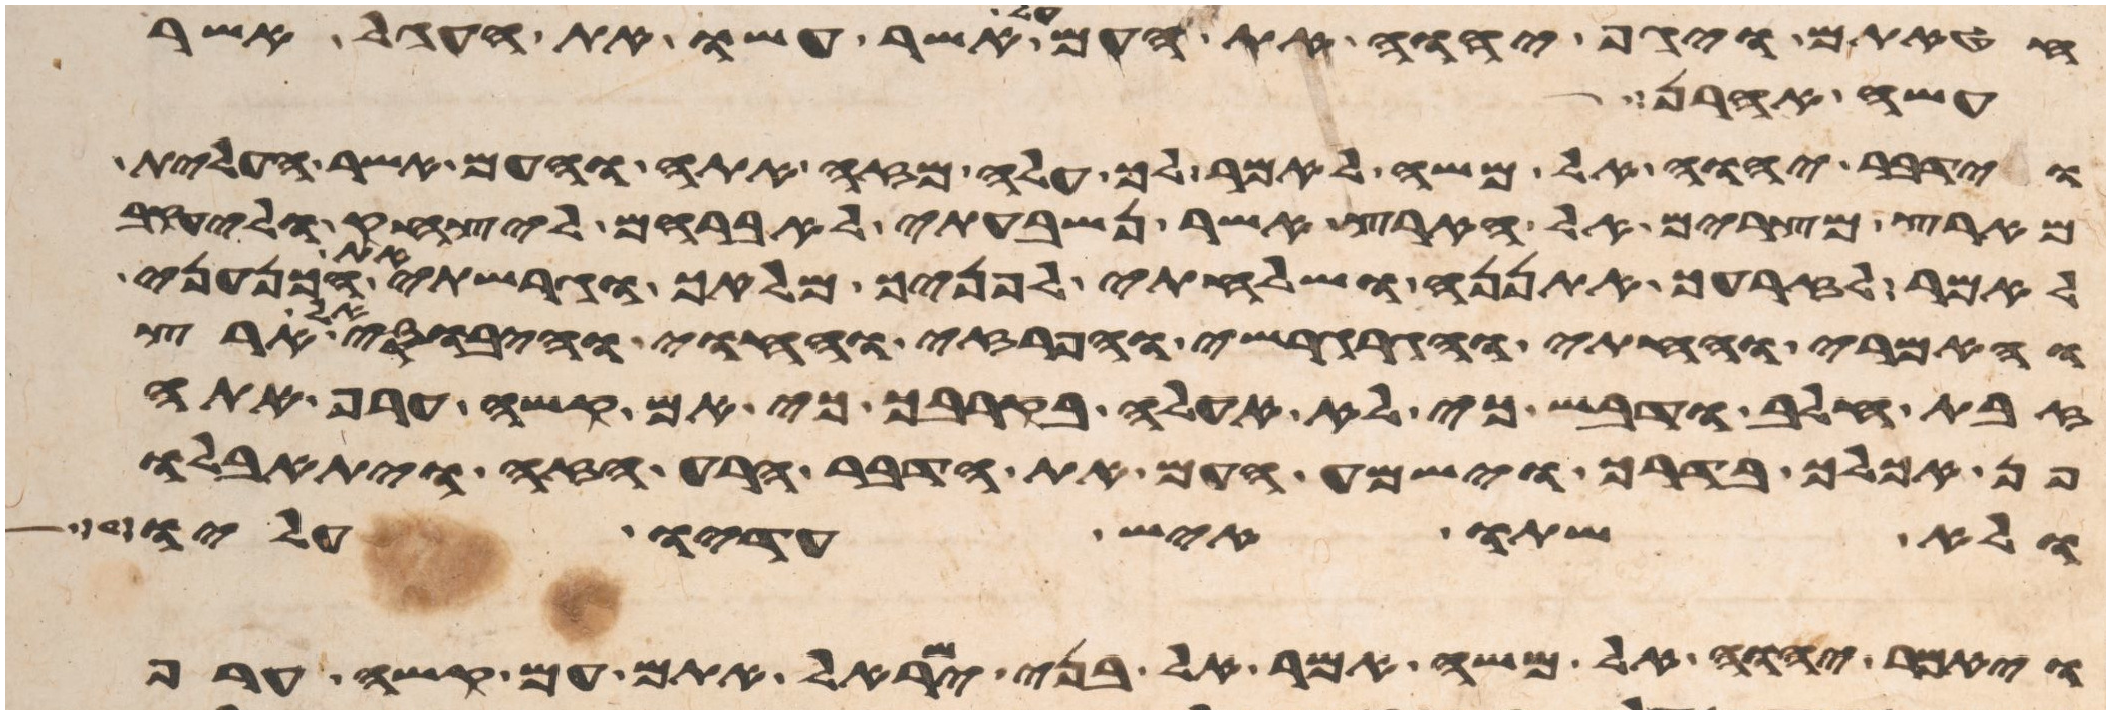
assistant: חטאתם ויגף יהוה את העם על אשר עשו את העגל אשר
עשה אהרן
וידבר יהוה אל משה לאמר לך עלה מזה אתה והעם אשר העלית
מארץ מצרים אל הארץ אשר נשבעתי לאברהם ליצחק וליעקב
לאמר לזרעך אתננה ושלחתי לפניך מלאך וגרשתי את הכנעני
והאמרי והחתי והגרגשי והפרזי והחוי והיבוסי אל ארץ
זבת חלב ודבש כי לא אעלה בקרבך כי עם קשה ערף אתה
פן אכלך בדרך וישמע העם את הדבר הרע הזה ויתאבלו
ולא שתו איש עדיו עליו
ויאמר יהוה אל משה אמר אל בני ישראל אתם עם קשה ערף